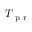
T _ { \mathrm { ~ p ~ r ~ } }